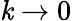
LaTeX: \mathit{k}\to0